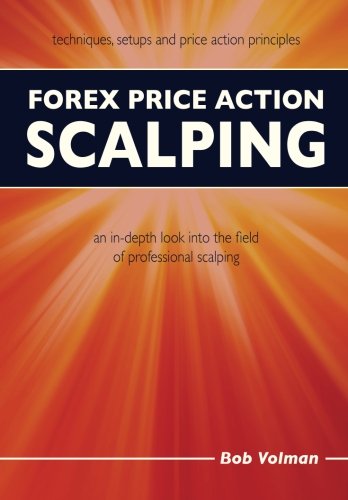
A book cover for Forex Price Action Scalping: an in-depth look into the field of professional scalping; Bob Volman; Business & Money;